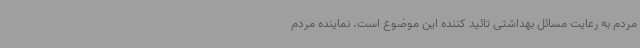
مردم به رعایت مسائل بهداشتی تائید کننده این موضوع است. نماینده مردم